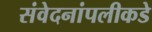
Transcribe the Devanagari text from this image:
संवेदनांपलीकडे